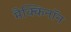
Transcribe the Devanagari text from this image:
मैक्किनॉन